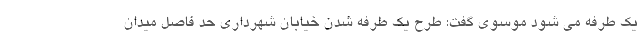
یک طرفه می شود موسوی گفت: طرح یک طرفه شدن خیابان شهرداری حد فاصل میدان